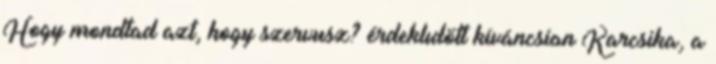
Hogy mondtad azt, hogy szervusz? érdeklıdött kíváncsian Karcsika, a